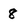
Character: 8